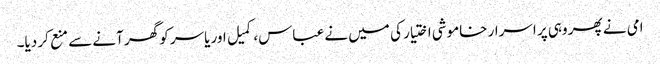
امی نے پھر وہی پر اسرار خاموشی اختیار کی میں نے عباس، کمیل اور یاسر کو گھر آنے سے منع کر دیا۔